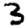
Digit: 3